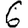
Digit: 6